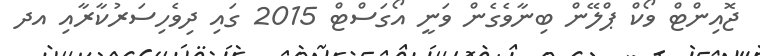
ޖޮއިންޓް ވޯކް ޕްލޭން ބިނާވެގެން ވަނީ އޯގަސްޓް 2015 ގައި ދިވެހިސަރުކާރާއި އދ